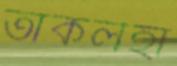
তাকলহা